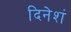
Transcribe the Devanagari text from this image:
दिनेशं